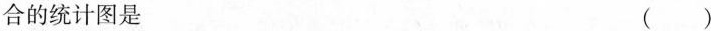
合的统计图是 ( )